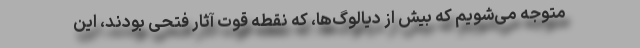
متوجه می‌شویم که بیش از دیالوگ‌ها، که نقطه قوت آثار فتحی بودند، این